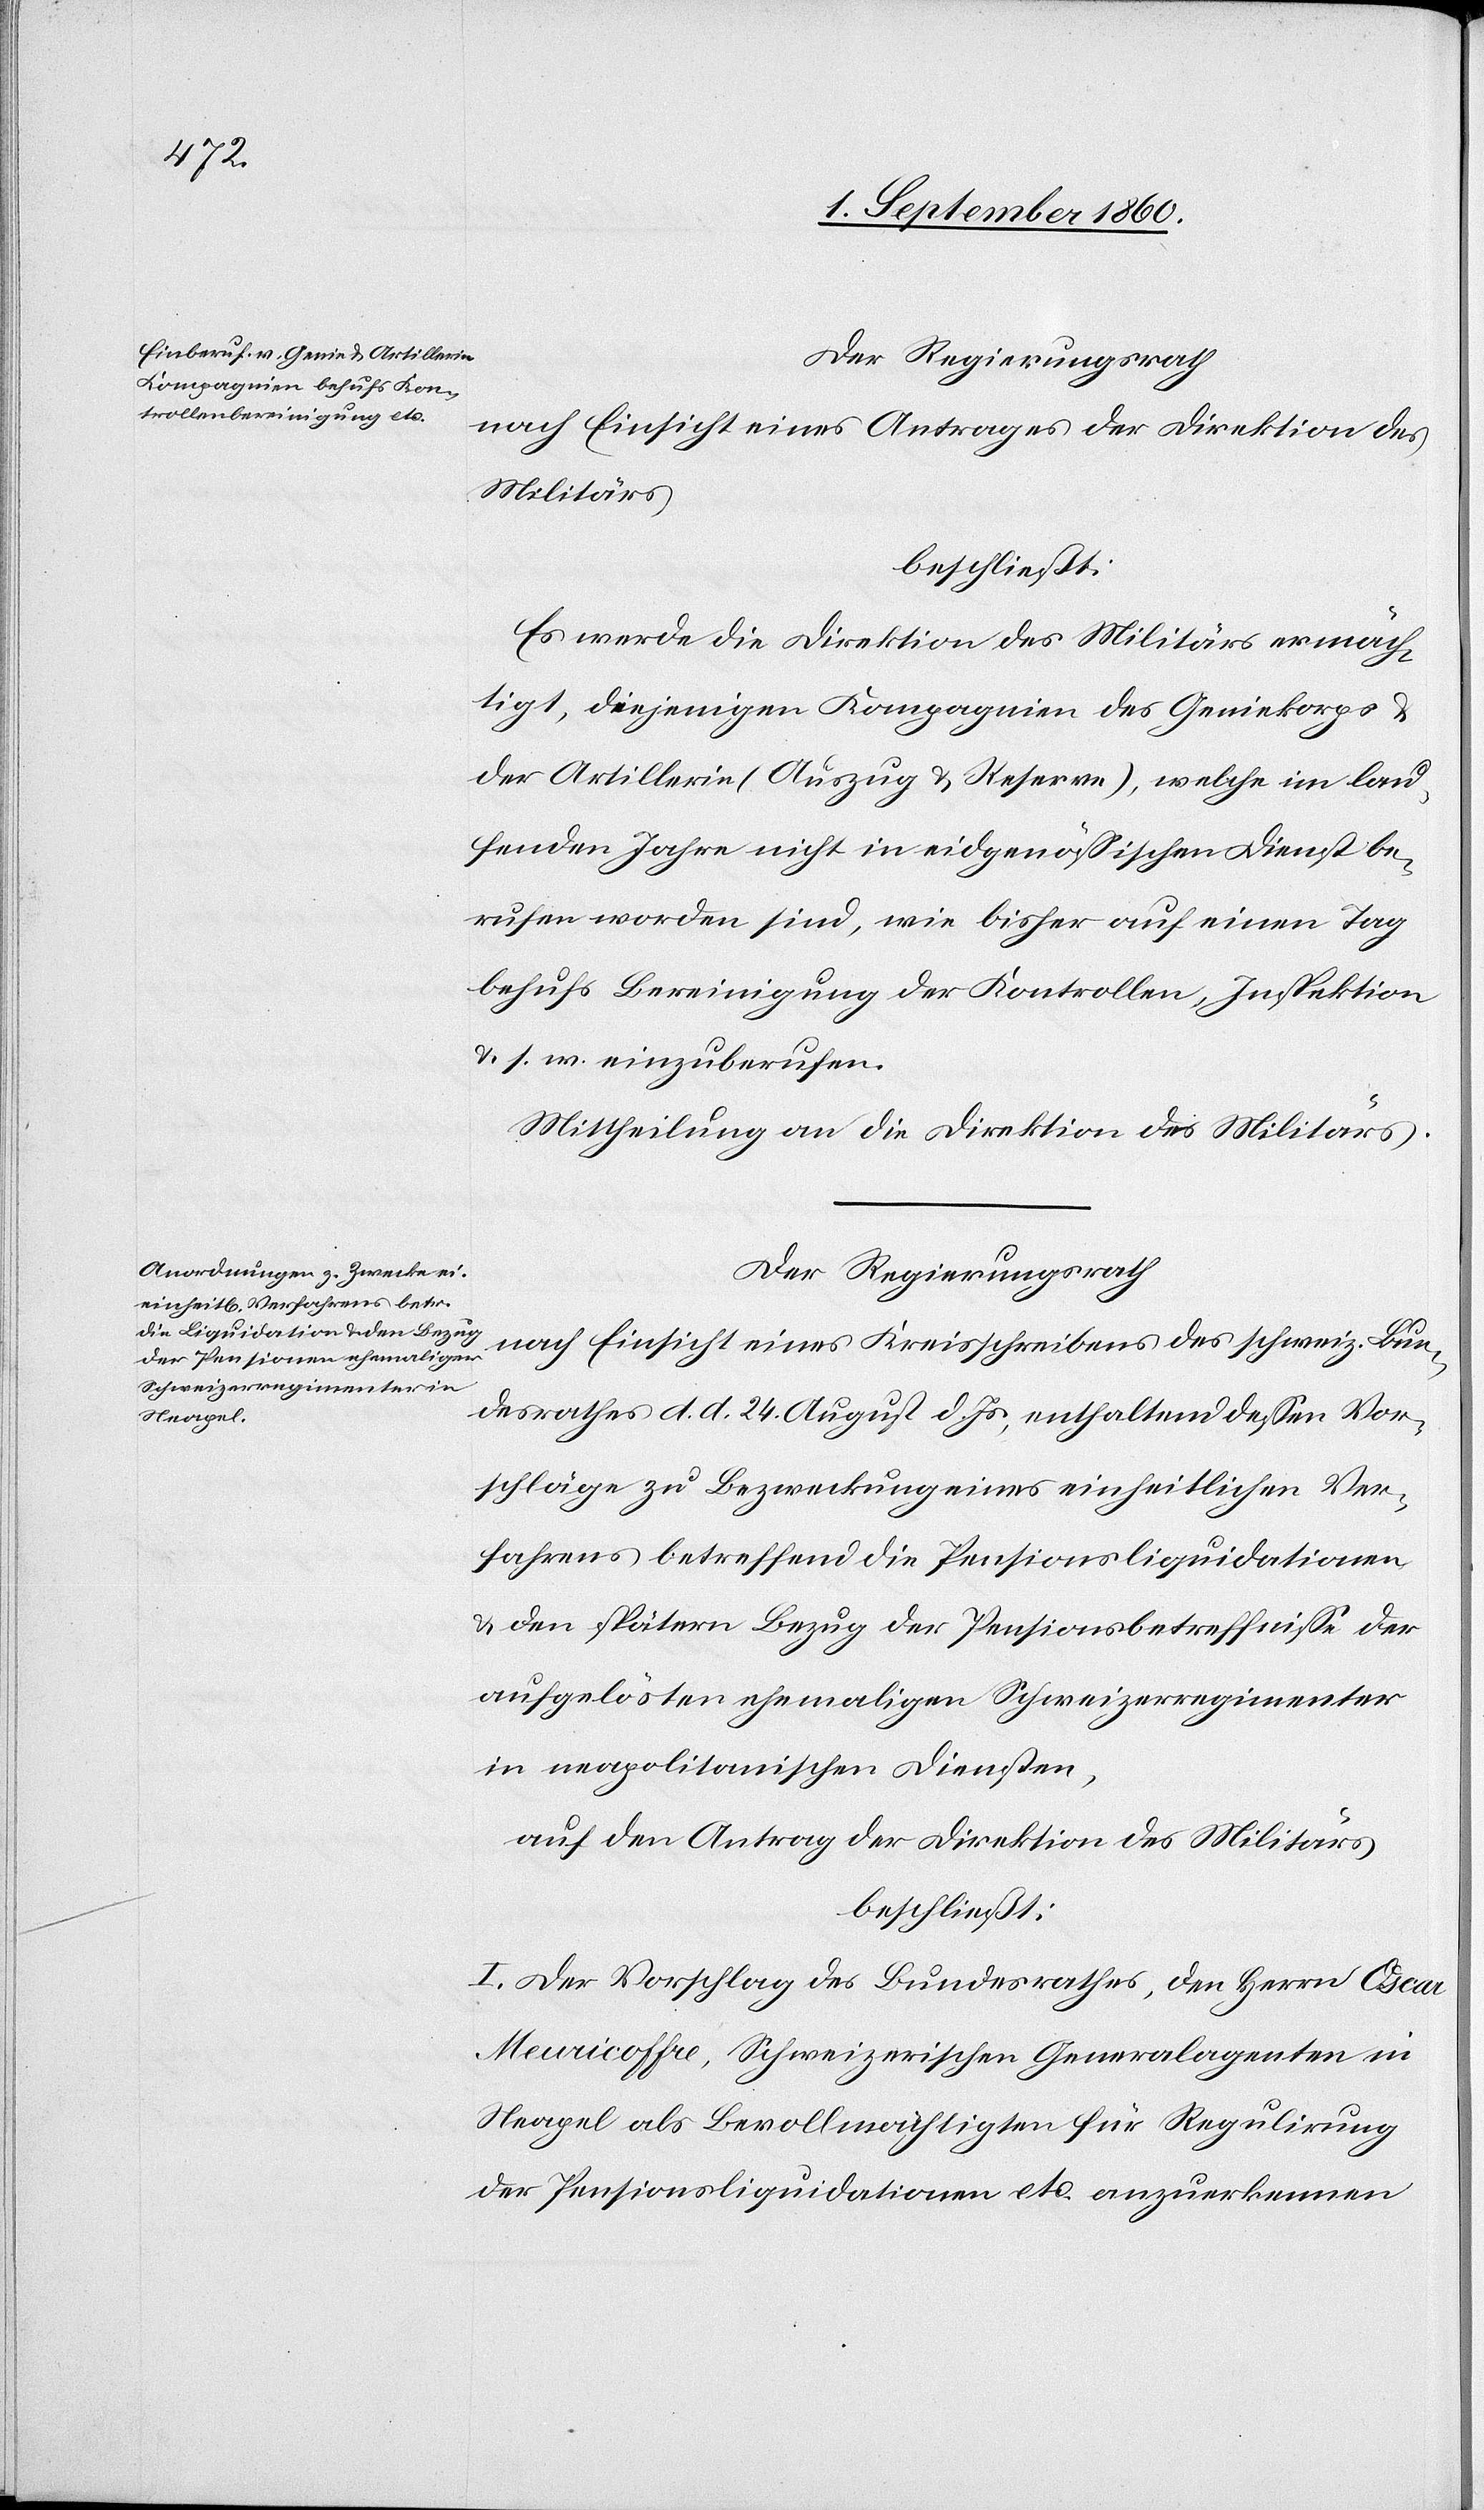
Der Regierungsrath,
nach Einsicht eines Antrages der Direktion des
Militärs,
beschliesst:
Es werde die Direktion des Militärs ermäch¬
tigt, diejenigen Compagnien des Genie- Corps
der Artillerie (Auszug u. Reserve), welche im lau¬
fenden Jahre nicht in eidgenössischen Dienst be¬
rufen worden sind, wie bisher auf einen Tag,
behufs Bereinigung der Controllen, Inspektion
u. s. w. einzuberufen.
Mittheilung an die Direktion des Militärs.
Der Regierungsrath,
nach Einsicht eines Kreisschreibens des schweiz. Bun¬
desrathes d. d. 24. August l. Js. enthaltend dessen Vor¬
schläge zu Bezweckung eines einheitlichen Ver¬
fahrens betreffend die Pensionsliquidationen
u. den spätern Bezug der Pensionsbetreffnisse der
aufgelösten ehemaligen Schweizerregimenter
in neapolitanischen Diensten,
auf den Antrag der Direktion des Militärs,
beschliesst.
I. Den Vorschlag des Bundesrathes, den Herrn Oskar
Meuricoffre, Schweizerischen Generalagenten in
Neapel als Bevollmächtigten für Regulirung
der Pensionsliquidationen etc. anzuerkennen